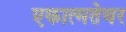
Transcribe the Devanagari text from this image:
एकात्मतेवर